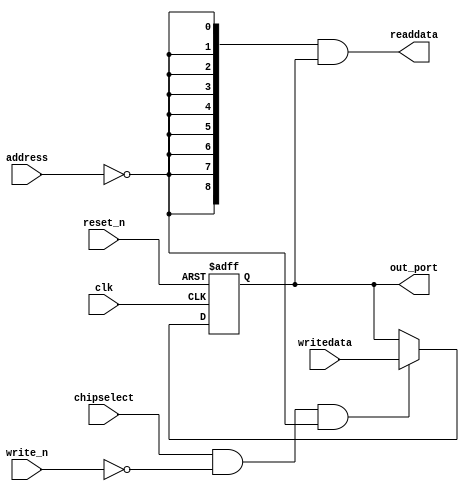
module ledg (
              // inputs:
               address,
               chipselect,
               clk,
               reset_n,
               write_n,
               writedata,

              // outputs:
               out_port,
               readdata
            )
;

  output  [  8: 0] out_port;
  output  [  8: 0] readdata;
  input   [  1: 0] address;
  input            chipselect;
  input            clk;
  input            reset_n;
  input            write_n;
  input   [  8: 0] writedata;

  wire             clk_en;
  reg     [  8: 0] data_out;
  wire    [  8: 0] out_port;
  wire    [  8: 0] read_mux_out;
  wire    [  8: 0] readdata;
  assign clk_en = 1;
  //s1, which is an e_avalon_slave
  assign read_mux_out = {9 {(address == 0)}} & data_out;
  always @(posedge clk or negedge reset_n)
    begin
      if (reset_n == 0)
          data_out <= 0;
      else if (chipselect && ~write_n && (address == 0))
          data_out <= writedata[8 : 0];
    end


  assign readdata = read_mux_out;
  assign out_port = data_out;

endmodule